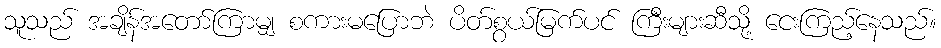
သူသည် အချိန်အတော်ကြာမျှ စကားမပြောဘဲ ပိတ်စွယ်မြက်ပင် ကြီးများဆီသို့ ငေးကြည့်နေသည်။